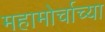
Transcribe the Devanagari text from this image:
महामोर्चाच्या